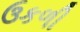
ઉકળી